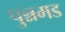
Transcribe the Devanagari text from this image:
पुन्नमड